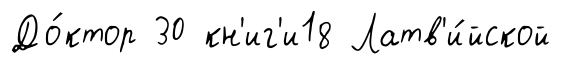
До́ктор 30 кн'иг'и18 Латв'и́йской